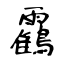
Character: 靍